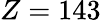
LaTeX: Z=143